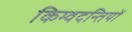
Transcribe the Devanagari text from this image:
किम्वदन्तियों